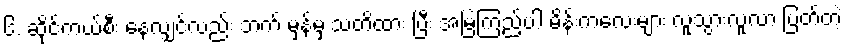
၆. ဆိုင်ကယ်စီး နေလျှင်လည်း ဘက် မှန်မှ သတိထား ပြီး အမြဲကြည့်ပါ မိန်းကလေးများ လူသွားလူလာ ပြတ်တဲ့